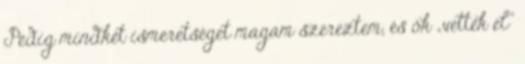
Pedig mindkét ismeretséget magam szereztem, és ők „vették el”